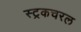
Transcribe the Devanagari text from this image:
स्ट्रकचरल